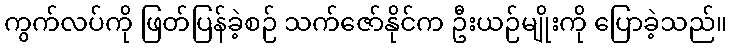
ကွက်လပ်ကို ဖြတ်ပြန်ခဲ့စဉ် သက်ဇော်နိုင်က ဦးယဉ်မျိုးကို ပြောခဲ့သည်။